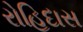
રોહિદાસ